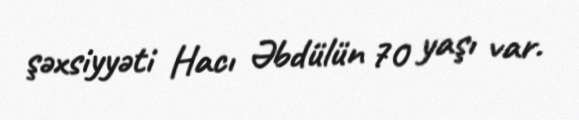
şəxsiyyəti Hacı Əbdülün 70 yaşı var.